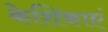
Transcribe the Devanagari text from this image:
केशिकाएं